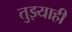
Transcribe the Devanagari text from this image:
तुझ्याही